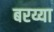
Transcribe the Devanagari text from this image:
बरय्या